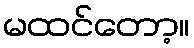
မထင်တော့။